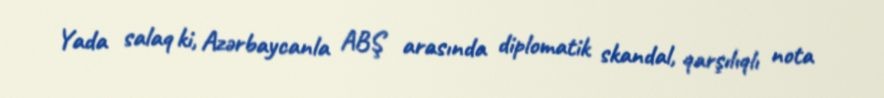
Yada salaq ki, Azərbaycanla ABŞ arasında diplomatik skandal, qarşılıqlı nota